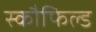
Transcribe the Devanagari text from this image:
स्कौफिल्ड